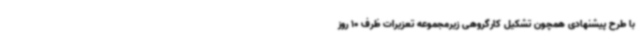
با طرح پیشنهادی همچون تشکیل کارگروهی زیرمجموعه تعزیرات ظرف 10 روز